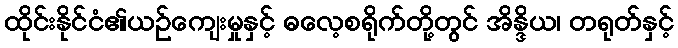
ထိုင်းနိုင်ငံ၏ယဉ်ကျေးမှုနှင့် ဓလေ့စရိုက်တို့တွင် အိန္ဒိယ၊ တရုတ်နှင့်